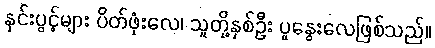
နှင်းပွင့်များ ပိတ်ဖုံးလေ၊ သူတို့နှစ်ဦး ပူနွေးလေဖြစ်သည်။